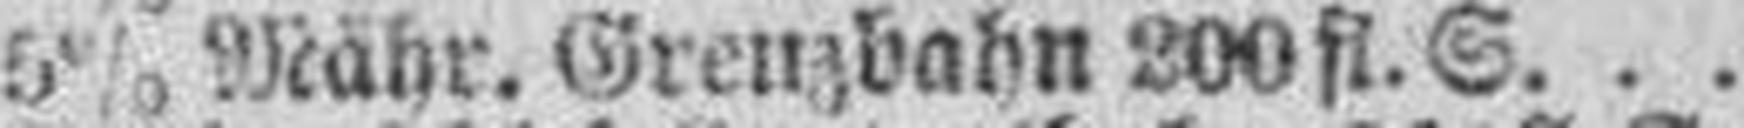
5% Mähr. Grenzbabn 200 fl. S.